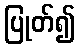
ပြုတ်၍